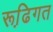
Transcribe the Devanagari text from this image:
रूढि़गत